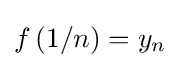
f\left(1/n\right)=y_{n}